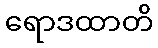
ရောဒထာတိ